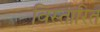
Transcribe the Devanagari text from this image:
विस्तारित